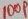
Text: 100P